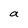
Character: a